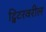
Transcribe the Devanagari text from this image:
ट्विटरवरील